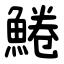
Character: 䱧